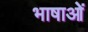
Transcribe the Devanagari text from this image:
भाषाओें